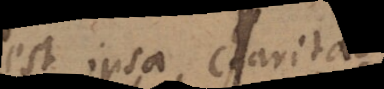
est ipsa caritas: